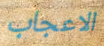
الاعجاب